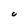
Character: 0